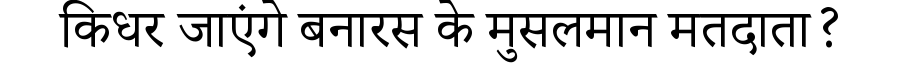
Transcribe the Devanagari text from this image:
किधर जाएंगे बनारस के मुसलमान मतदाता?